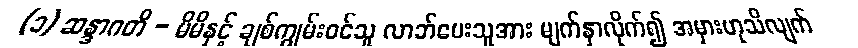
(၁) ဆန္ဒာဂတိ - မိမိနှင့် ချစ်ကျွမ်းဝင်သူ လာဘ်ပေးသူအား မျက်နှာလိုက်၍ အမှားဟုသိလျက်